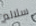
سلالم